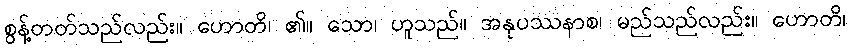
စွန့်တတ်သည်လည်း။ ဟောတိ၊ ၏။ သော၊ ဟူသည်။ အနုပဿနာစ၊ မည်သည်လည်း။ ဟောတိ၊